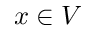
x \in V